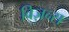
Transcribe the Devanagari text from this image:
विज़न्स